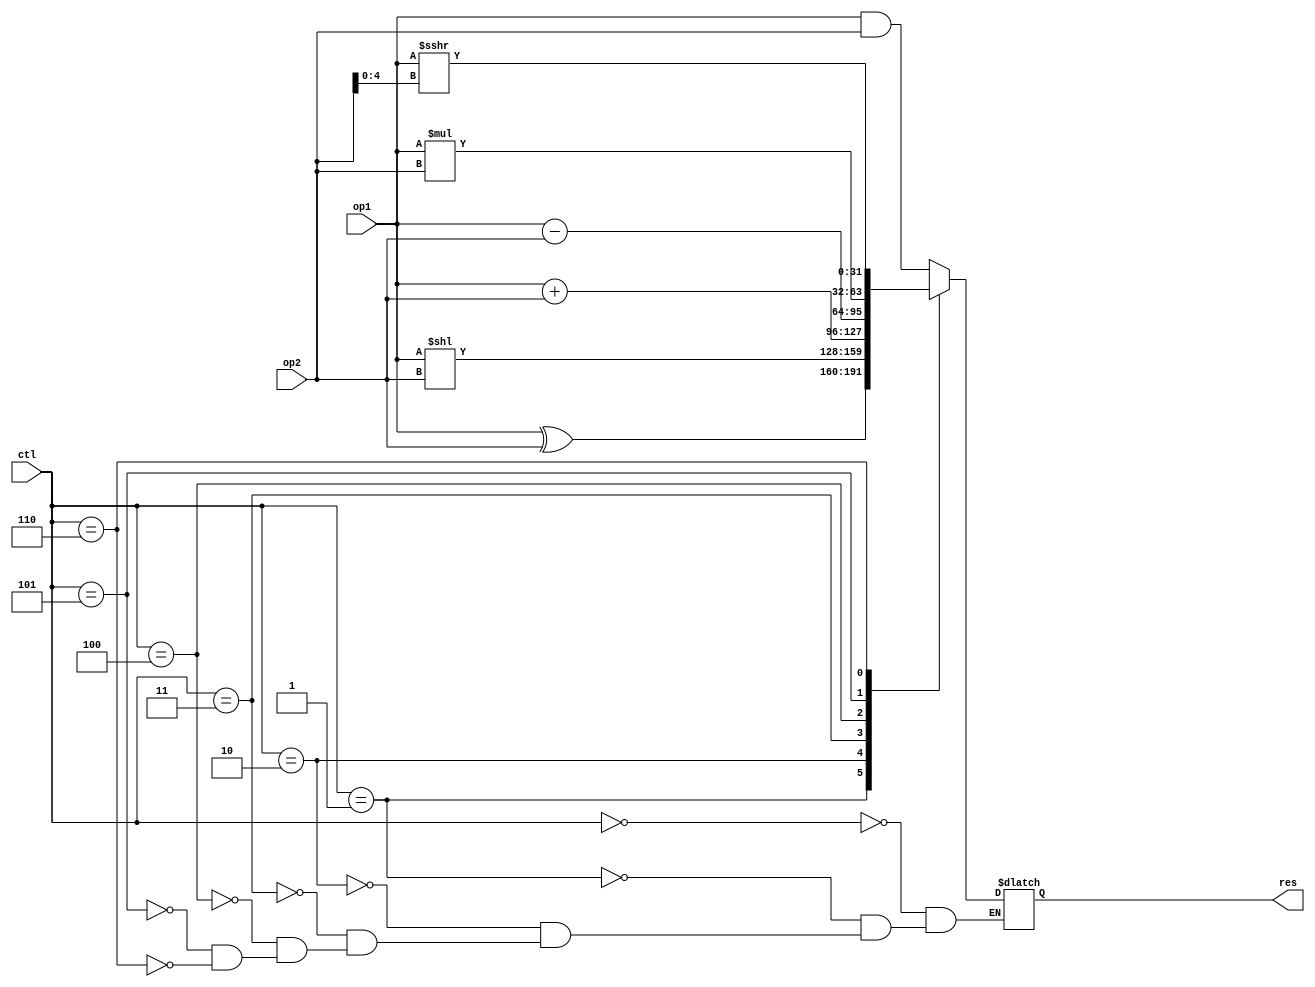
module ALU(
         op1,
         op2,
         res,
         ctl,
       );

input [2:0] ctl;
input signed [31:0]op1, op2;
output reg [31:0] res;

reg [31:0] tmp;
always @(ctl or op1 or op2)
  begin
    case (ctl)
      0:  // and
        res <= op1 & op2;
      1:  // xor
        res <= op1 ^ op2;
      2:  // sll
        res <= op1 << op2;
      3:  // add
        res <= op1+op2;
      4:  // sub
        res <= op1-op2;
      5:  // mul
        res <= op1*op2;
      6:  // sra
        begin
          // tmp <= {32{op1[31]}};
          // tmp <= tmp << (32 - op2[4:0]);
          tmp = op2[4:0];
          res = op1 >>> tmp;
          // res <= res | tmp;
          // for(i=0;i<op2; i = i+1)
          //   res[31-i +: 1] <= res[31-op2+:1];
        end
    endcase

  end

endmodule